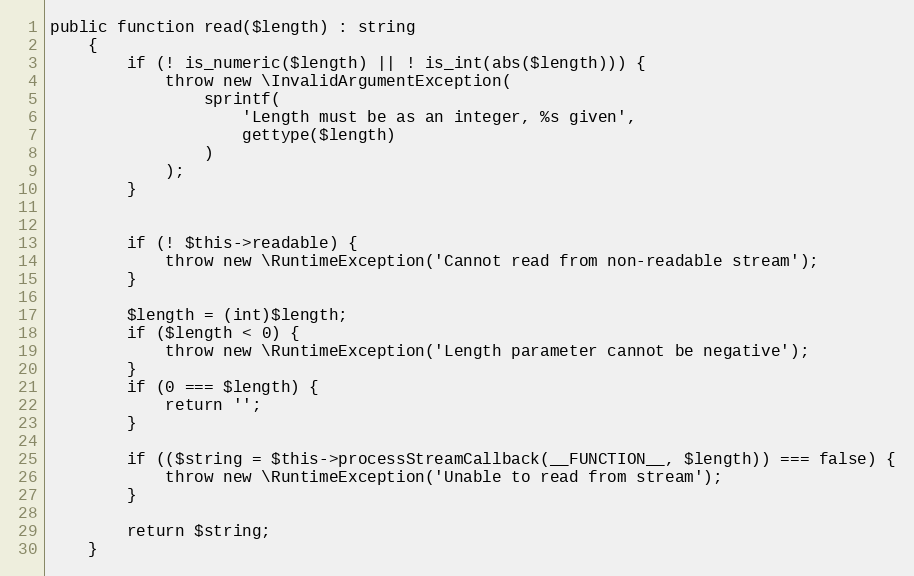
Language: PHP
public function read($length) : string
    {
        if (! is_numeric($length) || ! is_int(abs($length))) {
            throw new \InvalidArgumentException(
                sprintf(
                    'Length must be as an integer, %s given',
                    gettype($length)
                )
            );
        }

        if (! $this->readable) {
            throw new \RuntimeException('Cannot read from non-readable stream');
        }

        $length = (int)$length;
        if ($length < 0) {
            throw new \RuntimeException('Length parameter cannot be negative');
        }
        if (0 === $length) {
            return '';
        }

        if (($string = $this->processStreamCallback(__FUNCTION__, $length)) === false) {
            throw new \RuntimeException('Unable to read from stream');
        }

        return $string;
    }